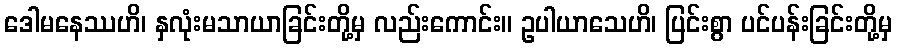
ဒေါမနေဿဟိ၊ နှလုံးမသာယာခြင်းတို့မှ လည်းကောင်း။ ဥပါယာသေဟိ၊ ပြင်းစွာ ပင်ပန်းခြင်းတို့မှ